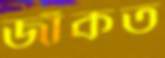
জাঁকত